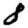
Digit: 8